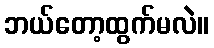
ဘယ်တော့ထွက်မလဲ။